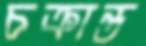
চক্রান্ত